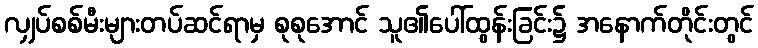
လျှပ်စစ်မီးများတပ်ဆင်ရာမှ စုစုအောင် သူ၏ပေါ်ထွန်းခြင်း၌ အနောက်တိုင်းတွင်